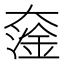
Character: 𡙯